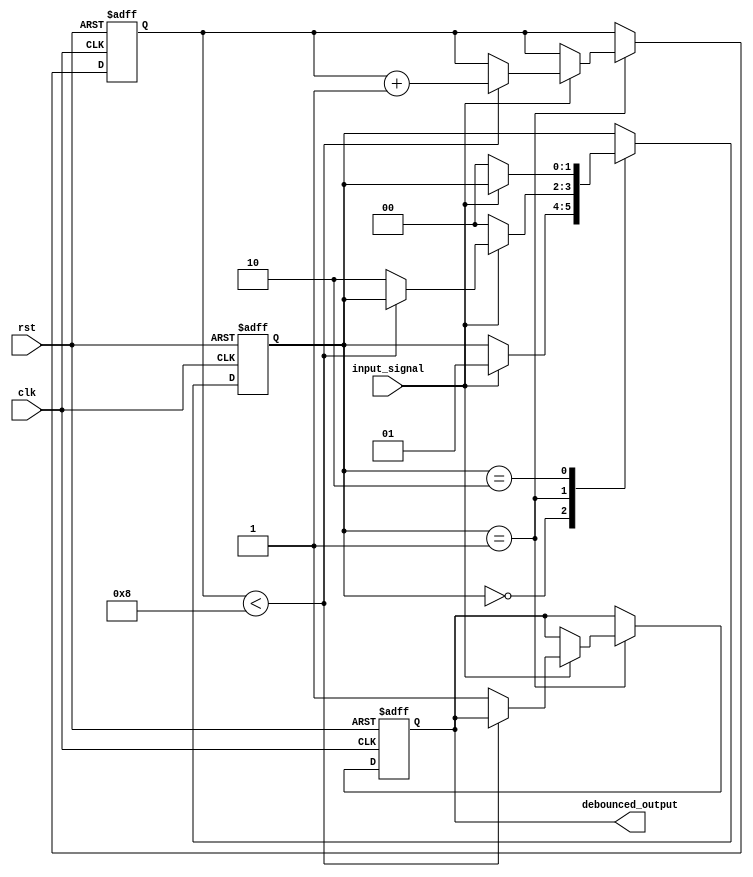
module debounce_circuit (
    input wire clk,
    input wire rst,
    input wire input_signal,
    output reg debounced_output
);

reg [1:0] state;
reg [7:0] counter;

parameter DEBOUNCE_DELAY = 8;

always @(posedge clk or posedge rst) begin
    if (rst) begin
        state <= 2'b00;
        counter <= 8'b0;
        debounced_output <= 1'b0;
    end else begin
        case (state)
            2'b00: begin // Idle state
                if (input_signal) begin
                    state <= 2'b01; // Transition to debounce state
                end
            end
            2'b01: begin // Debounce state
                if (!input_signal) begin
                    state <= 2'b00; // Transition back to idle state
                end else begin
                    if (counter < DEBOUNCE_DELAY) begin
                        counter <= counter + 1;
                    end else begin
                        state <= 2'b10; // Transition to stable state
                        debounced_output <= 1'b1;
                    end
                end
            end
            2'b10: begin // Stable state
                if (!input_signal) begin
                    state <= 2'b00; // Transition back to idle state
                end
            end
        endcase
    end
end

endmodule